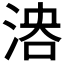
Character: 𣶤